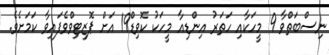
ނިސްބަތްވާ 9 މީހަކާއި ހަތަރު އިންޑިއާ މީހަކު ކޮވިޑް19 އަށް ޕޮޒިޓިވްވެފައިވާ ކަމަށެވެ.